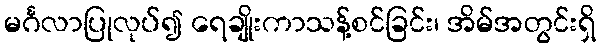
မင်္ဂလာပြုလုပ်၍ ရေချိုးကာသန့်စင်ခြင်း၊ အိမ်အတွင်းရှိ